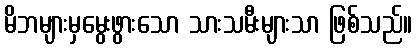
မိဘများမှမွေးဖွားသော သားသမီးများသာ ဖြစ်သည်။